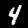
Digit: 4